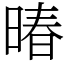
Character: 暙